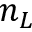
n _ { L }